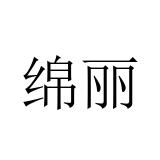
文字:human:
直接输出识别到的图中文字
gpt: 绵丽